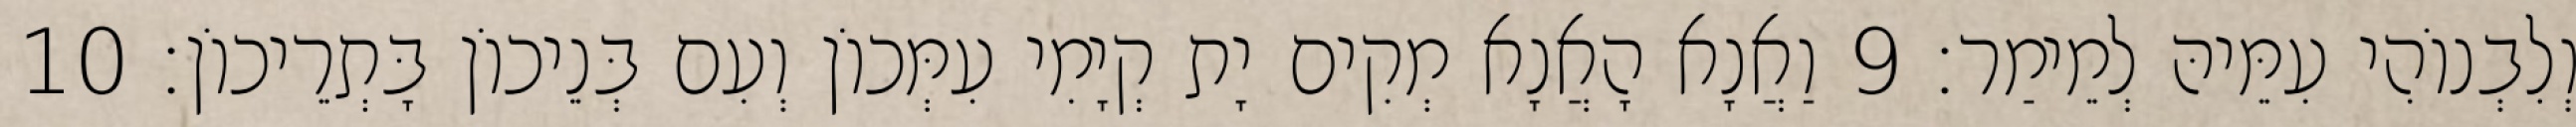
וְלִבְנוֹהִי עִמֵּיהּ לְמֵימַר׃ 9 וַאֲנָא הָאֲנָא מְקִים יָת קְיָמִי עִמְּכוֹן וְעִם בְּנֵיכוֹן בָּתְרֵיכוֹן׃ 10